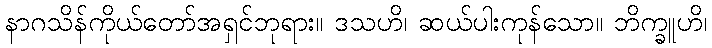
နာဂသိန်ကိုယ်တော်အရှင်ဘုရား။ ဒသဟိ၊ ဆယ်ပါးကုန်သော။ ဘိက္ခူဟိ၊